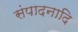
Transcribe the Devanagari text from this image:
संपादनादि